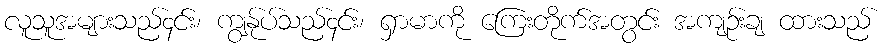
လူသူအများသည်၄င်း၊ ကျွနု်ပ်သည်၄င်း၊ ရှာမာကို ကြေးတိုက်အတွင်း အကျဉ်းချ ထားသည်